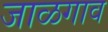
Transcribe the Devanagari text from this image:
जाळगाव